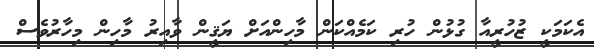
އެކަމަކީ ޒުހުރީއާ ގުޅުން ހުރި ކަމެއްކަން މާހިންއަށް ޔަޤީން ވާއިރު މާހިން މިހާރުވެސް